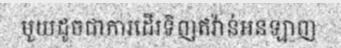
មួយដូចជាការដើរទិញឥវ៉ាន់អនឡាញ